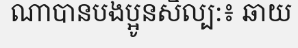
ណាបានបងប្អូនសិល្ប:៖ ឆាយ